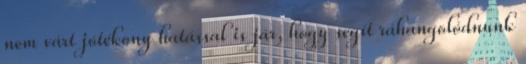
nem várt jótékony hatással is jár, hogy segít ráhangolódnunk